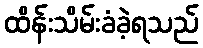
ထိန်းသိမ်းခံခဲ့ရသည်